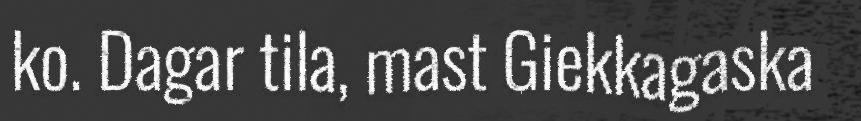
ko. Dagar tila, mast Giekkagaska